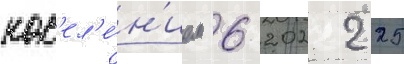
нас'ел'е́н'ием 6 202 225